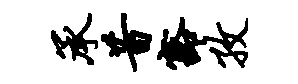
承昔豁孜